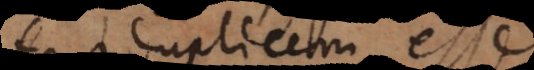
duplicem esse